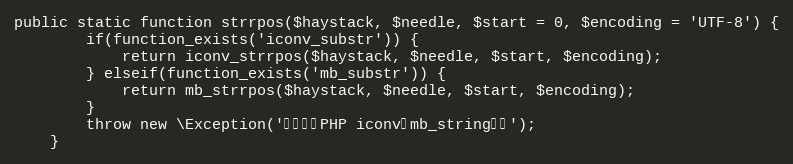
Language: PHP
public static function strrpos($haystack, $needle, $start = 0, $encoding = 'UTF-8') {
	    if(function_exists('iconv_substr')) {
	        return iconv_strrpos($haystack, $needle, $start, $encoding);
	    } elseif(function_exists('mb_substr')) {
	        return mb_strrpos($haystack, $needle, $start, $encoding);
	    }
	    throw new \Exception('请先安装PHP iconv或mb_string扩展');
	}